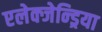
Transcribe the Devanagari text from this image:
एलेक्जेन्ड्रिया